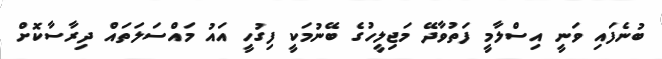
ބުނެފައި ވަނީ އިސްލާމީ ފަތުވާދޭ މަޖިލީހުގެ ބޭނުމަކީ ފިގުހީ އައު މައްސަލަތައް ދިރާސާކޮށް